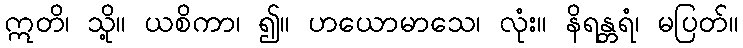
ဣတိ၊ သို့။ ယစိကာ၊ ၍။ ဟယောမာသေ၊ လုံး။ နိရန္တရံ၊ မပြတ်။